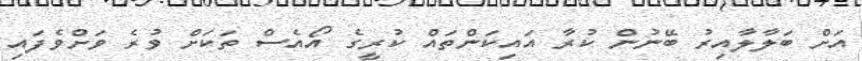
އަށް ބަލާލާއިރު ބޭނުން ކުރާ އައިކަންތައް ކުރީގެ އޯއެސް ތަކަށް ވުރެ ވަށްވެފައި